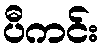
ပီကင်း